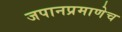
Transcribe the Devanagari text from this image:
जपानप्रमाणेच